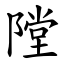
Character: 隚